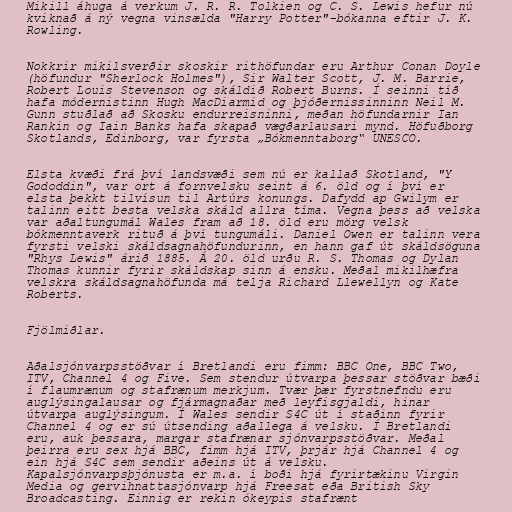
Mikill áhuga á verkum J. R. R. Tolkien og C. S. Lewis hefur nú
kviknað á ný vegna vinsælda "Harry Potter"-bókanna eftir J. K.
Rowling.

Nokkrir mikilsverðir skoskir rithöfundar eru Arthur Conan Doyle
(höfundur "Sherlock Holmes"), Sir Walter Scott, J. M. Barrie,
Robert Louis Stevenson og skáldið Robert Burns. Í seinni tíð
hafa módernistinn Hugh MacDiarmid og þjóðernissinninn Neil M.
Gunn stuðlað að Skosku endurreisninni, meðan höfundarnir Ian
Rankin og Iain Banks hafa skapað vægðarlausari mynd. Höfuðborg
Skotlands, Edinborg, var fyrsta „Bókmenntaborg“ UNESCO.

Elsta kvæði frá því landsvæði sem nú er kallað Skotland, "Y
Gododdin", var ort á fornvelsku seint á 6. öld og í því er
elsta þekkt tilvísun til Artúrs konungs. Dafydd ap Gwilym er
talinn eitt besta velska skáld allra tíma. Vegna þess að velska
var aðaltungumál Wales fram að 18. öld eru mörg velsk
bókmenntaverk rituð á því tungumáli. Daniel Owen er talinn vera
fyrsti velski skáldsagnahöfundurinn, en hann gaf út skáldsöguna
"Rhys Lewis" árið 1885. Á 20. öld urðu R. S. Thomas og Dylan
Thomas kunnir fyrir skáldskap sinn á ensku. Meðal mikilhæfra
velskra skáldsagnahöfunda má telja Richard Llewellyn og Kate
Roberts.

Fjölmiðlar.

Aðalsjónvarpsstöðvar í Bretlandi eru fimm: BBC One, BBC Two,
ITV, Channel 4 og Five. Sem stendur útvarpa þessar stöðvar bæði
í flaumrænum og stafrænum merkjum. Tvær þær fyrstnefndu eru
auglýsingalausar og fjármagnaðar með leyfisgjaldi, hinar
útvarpa auglýsingum. Í Wales sendir S4C út í staðinn fyrir
Channel 4 og er sú útsending aðallega á velsku. Í Bretlandi
eru, auk þessara, margar stafrænar sjónvarpsstöðvar. Meðal
þeirra eru sex hjá BBC, fimm hjá ITV, þrjár hjá Channel 4 og
ein hjá S4C sem sendir aðeins út á velsku.
Kapalsjónvarpsþjónusta er m.a. í boði hjá fyrirtækinu Virgin
Media og gervihnattasjónvarp hjá Freesat eða British Sky
Broadcasting. Einnig er rekin ókeypis stafrænt